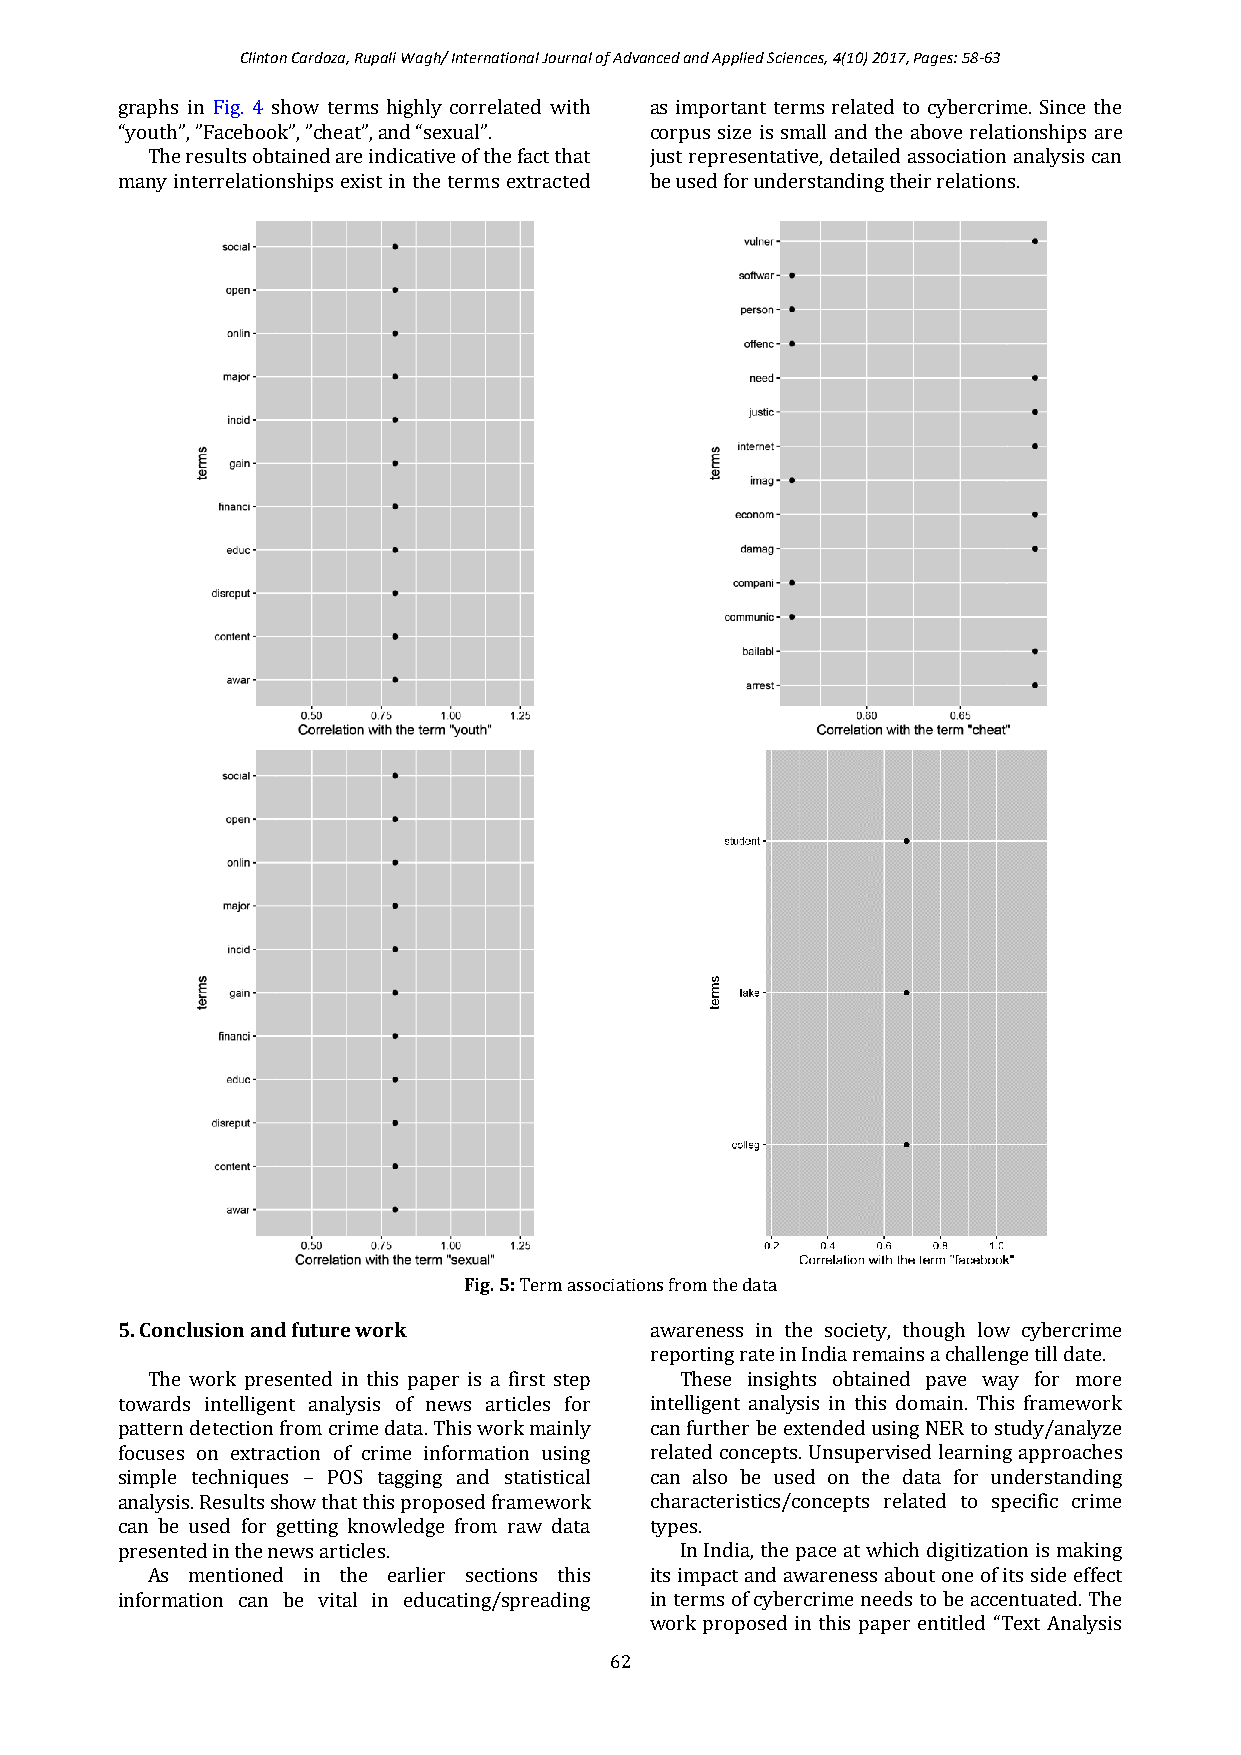
Clinton Cardoza, Rupali Wagh/ International Journal of Advanced and Applied Sciences, 4(10) 2017, Pages: 58-63
 graphs in Fig. 4 show terms highly correlated with as important terms related to cybercrime. Since the
 “youth”, ”Facebook”, ”cheat”, and “sexual”. corpus size is small and the above relationships are
 The results obtained are indicative of the fact that just representative, detailed association analysis can
 many interrelationships exist in the terms extracted be used for understanding their relations.
 Fig. 5: Term associations from the data
 5. Conclusion and future work      awareness in the society, though low cybercrime
 reporting rate in India remains a challenge till date.
 The work presented in this paper is a first step These insights obtained pave way for more
 towards intelligent analysis of news articles for intelligent analysis in this domain. This framework
 pattern detection from crime data. This work mainly can further be extended using NER to study/analyze
 focuses on extraction of crime information using related concepts. Unsupervised learning approaches
 simple techniques – POS tagging and statistical can also be used on the data for understanding
 analysis. Results show that this proposed framework characteristics/concepts related to specific crime
 can be used for getting knowledge from raw data types.
 presented in the news articles.      In India, the pace at which digitization is making
 As mentioned in the earlier sections this its impact and awareness about one of its side effect
 information can be vital in educating/spreading in terms of cybercrime needs to be accentuated. The
 work proposed in this paper entitled “Text Analysis
 62